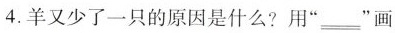
4.羊又少了一只的原因是什么?用”=”画